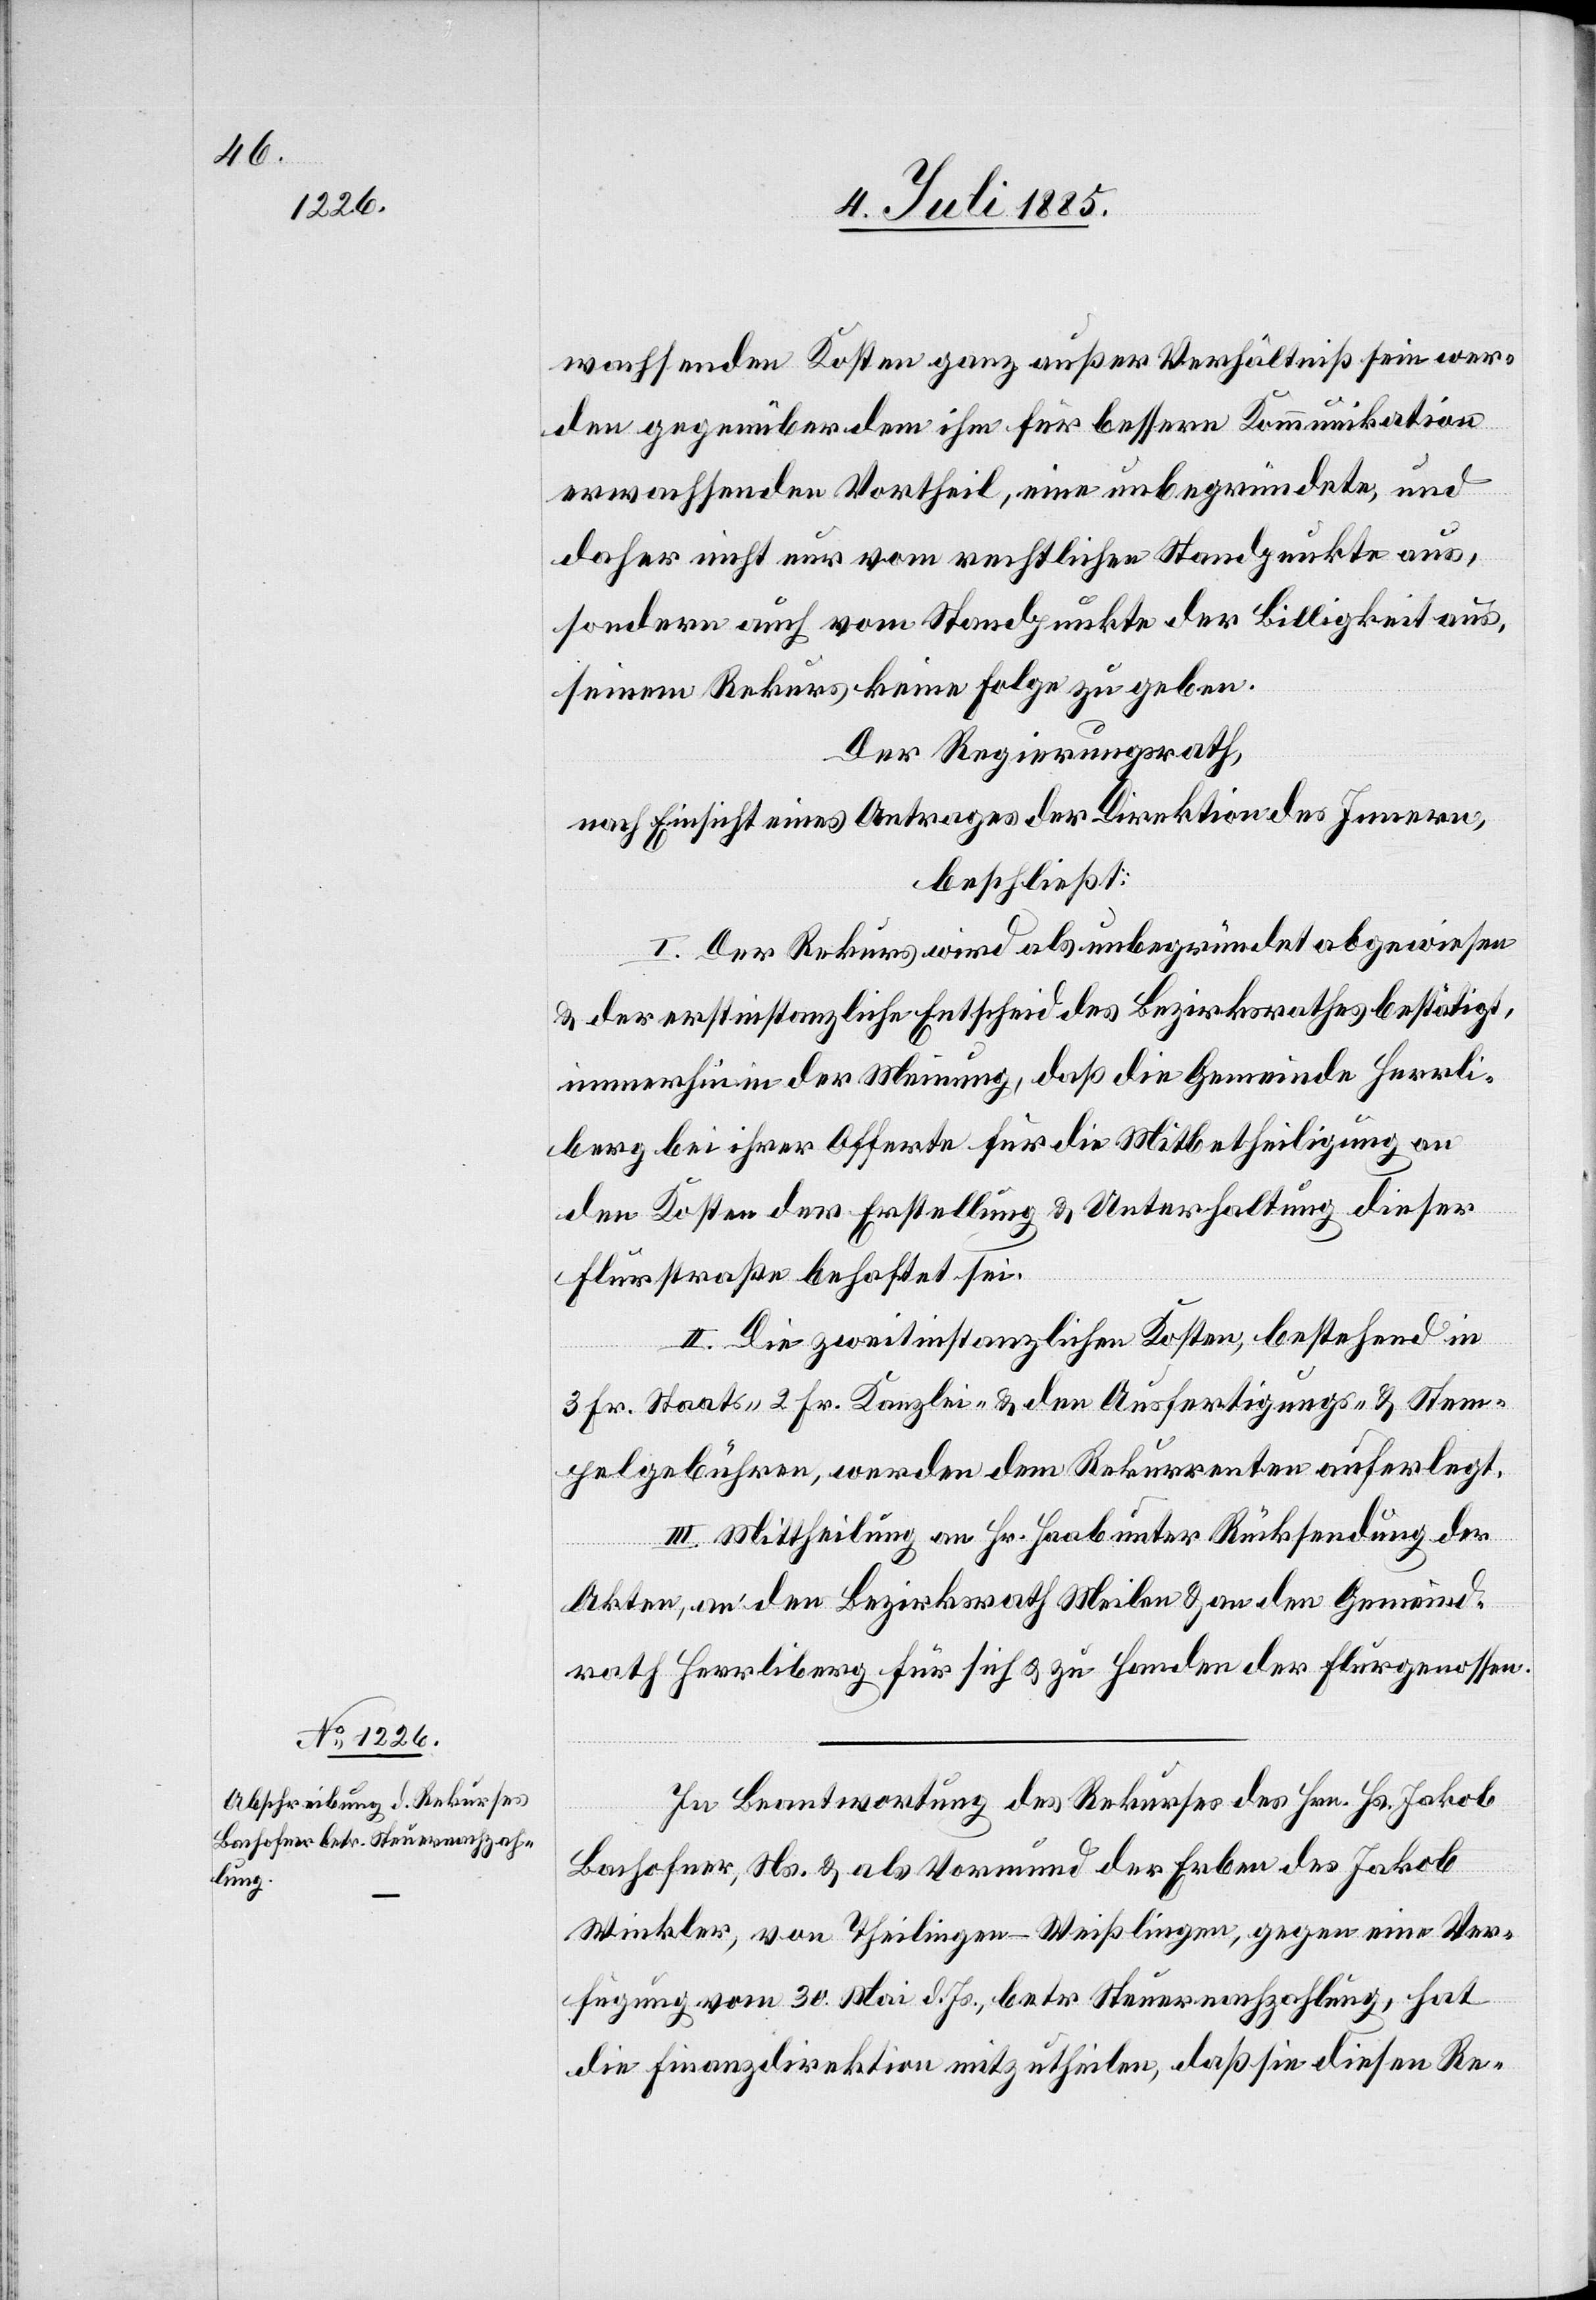
wachsenden Kosten ganz außer Verhältniß sein wer¬
den gegenüber dem ihm für bessere Kommunikation
erwachsenden Vortheil, eine unbegründete, und
daher nicht nur vom rechtlichen Standpunkte aus,
sondern auch vom Standpunkte der Billigkeit aus,
seinem Rekurs keine Folge zu geben.
Der Regierungsrath,
nach Einsicht eines Antrages der Direktion des Innern,
beschließt:
I. Der Rekurs wird als unbegründet abgewiesen
& der erstinstanzliche Entscheid des Bezirksrathes bestätigt,
immerhin in der Meinung, daß die Gemeinde Herrli¬
berg bei ihrer Offerte für die Mitbetheiligung an
den Kosten der Erstellung & Unterhaltung dieser
Flurstraße behaftet sei.
II. Die zweitinstanzlichen Kosten, bestehend in
3 Fr. Staats-[,] 2 Fr. Kanzlei- & den Ausfertigungs- & Stem¬
pelgebühren, werden dem Rekurrenten auferlegt.
III. Mittheilung an Hr. Haab unter Rücksendung der
Akten, an den Bezirksrath Meilen & an den Gemeind¬
rath Herrliberg für sich & zu Handen der Flurgenossen.
In Beantwortung des Rekurses des Hrn. Hs. Jakob
Bachofner, Ns. & als Vormund des Erben des Jakob
Winkler, von Theilingen - Weißlingen, gegen eine Ver¬
fügung vom 30. März d. Js., betr. Steuernachzahlung, hat
die Finanzdirektion mitzutheilen, daß sie diesen Re-